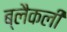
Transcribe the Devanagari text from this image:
ब्लैकली